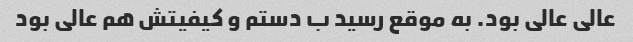
عالی عالی بود. به موقع رسید ب دستم و کیفیتش هم عالی بود